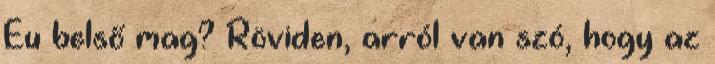
Eu belső mag? Röviden, arról van szó, hogy az